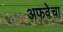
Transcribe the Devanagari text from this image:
अफवेचा